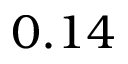
0 . 1 4